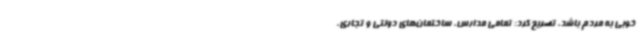
خوبی به مردم باشد، تصریح کرد: تمامی مدارس، ساختمان‌های دولتی و تجاری،